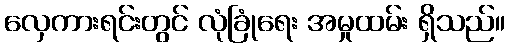
လှေကားရင်းတွင် လုံခြုံရေး အမှုထမ်း ရှိသည်။